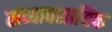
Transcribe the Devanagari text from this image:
संव्यावसायिक